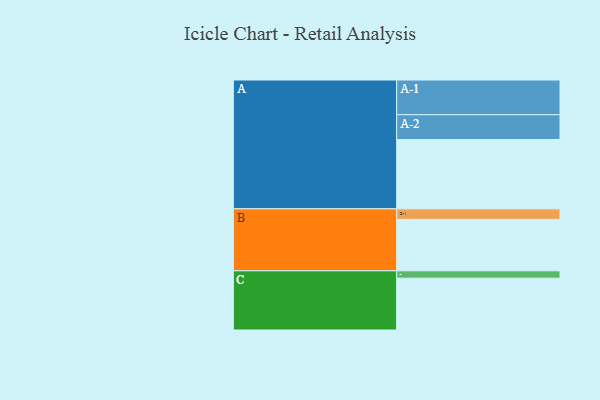
{"axis": {"x": "Segment", "y": "Value"}, "legend": ["", "A", "B", "C"], "data": [{"x": "A", "y": 595, "type": ""}, {"x": "B", "y": 442, "type": ""}, {"x": "C", "y": 445, "type": ""}, {"x": "A-1", "y": 298, "type": "A"}, {"x": "A-2", "y": 213, "type": "A"}, {"x": "B-1", "y": 90, "type": "B"}, {"x": "C-1", "y": 63, "type": "C"}]}